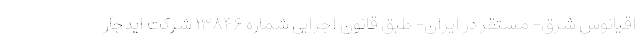
اقیانوس شرق- مستقر در ایران- طبق قانون اجرایی شماره ۱۳۸۴۶ شرکت ایدجار